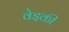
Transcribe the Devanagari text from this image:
वेइकी